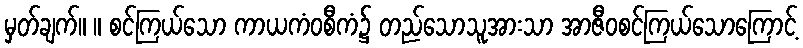
မှတ်ချက်။ ။ စင်ကြယ်သော ကာယကံဝစီကံ၌ တည်သောသူအားသာ အာဇီဝစင်ကြယ်သောကြောင့်